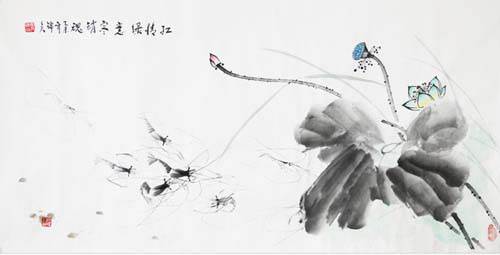
彩舟载得离愁动。无端更借樵风送。